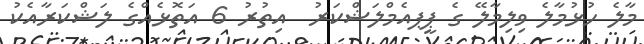
މާލެ ހުޅުމާލެ ވިލިމާލޭ ގެ ޕީޕއެމްލަޝްކަރު  އިތުރު 6 އަތޮޅެއްގެ ލަޝްކަރާއެކު